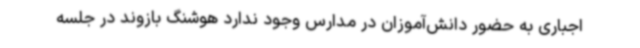
اجباری به حضور دانش‌آموزان در مدارس وجود ندارد هوشنگ بازوند در جلسه